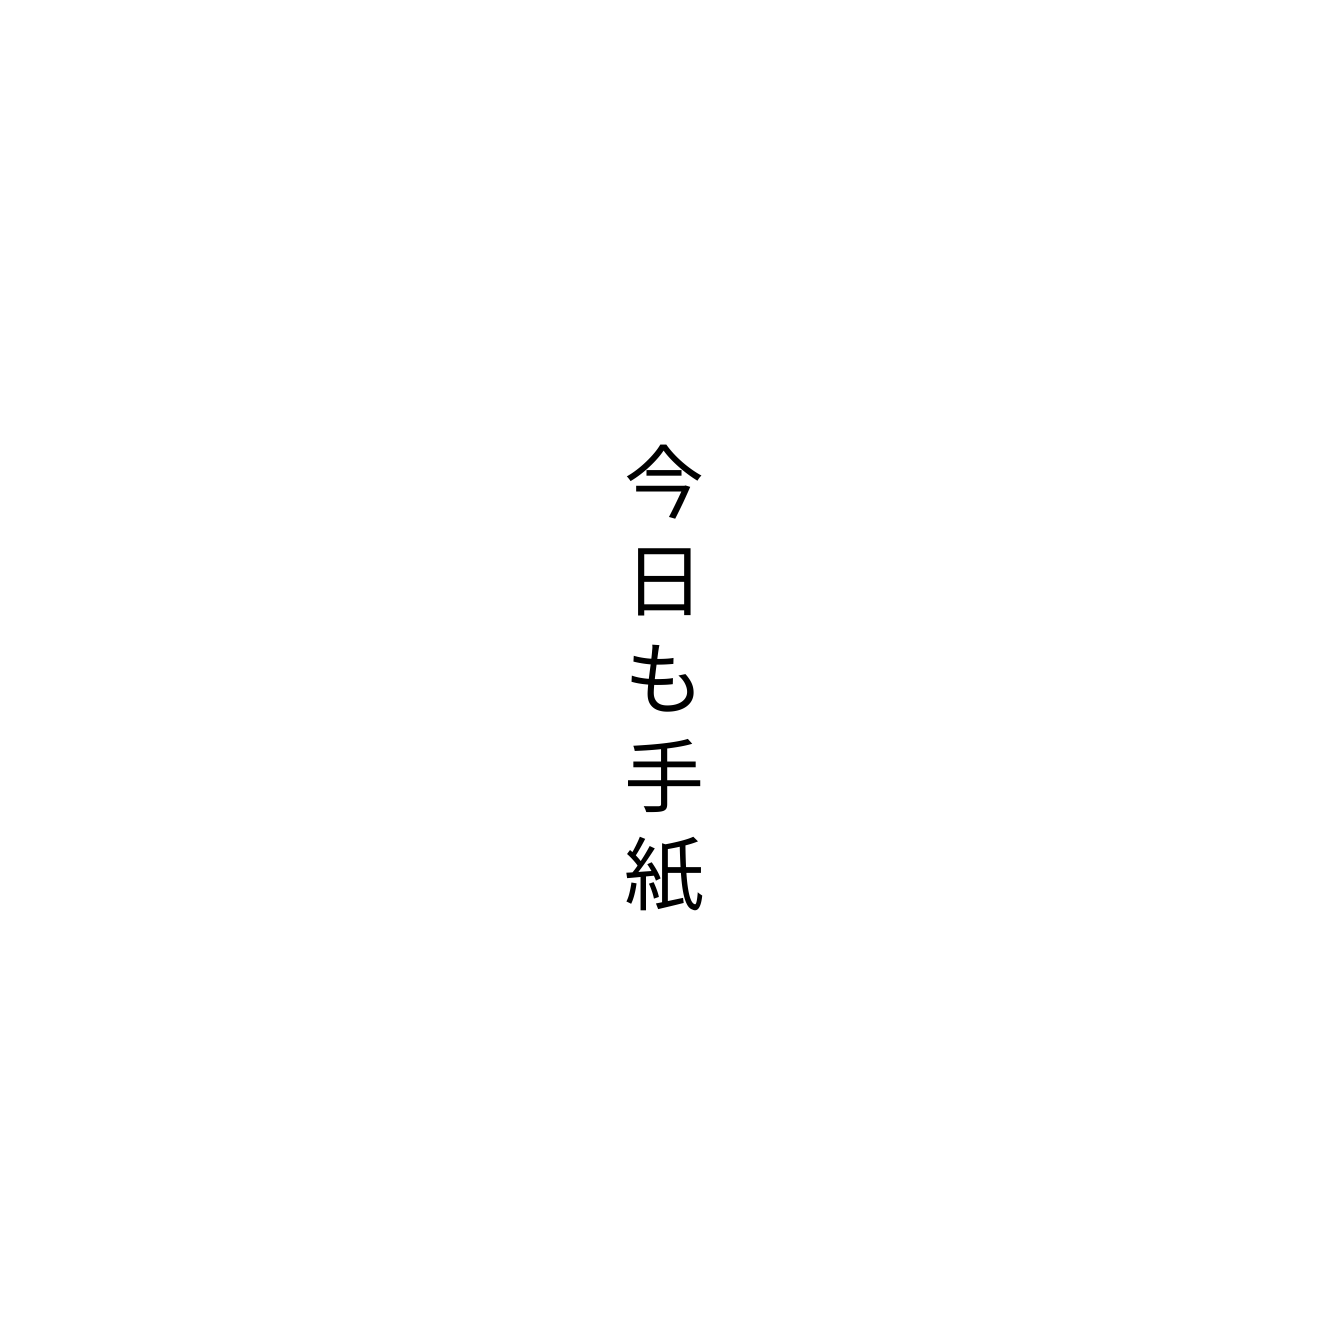
今日も手紙